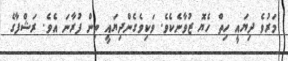
މަރުވެ ދިޔައީ ހިތް ހެޔޮ ޒުވާނެކެވެ. ވަކިވެގެންދިޔައީ ތިން ފުރާނަ އެވެ. ރަޝްފާގެ